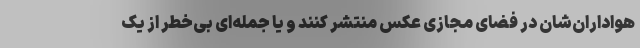
هواداران‌شان در فضای مجازی عکس منتشر کنند و یا جمله‌ای بی‌خطر از یک